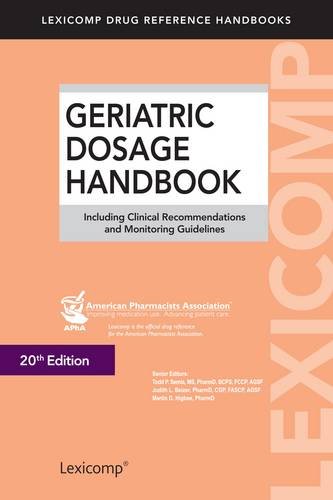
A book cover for Geriatric Dosage Handbook: Including Clinical Recommendations and Monitoring Guidelines (Lexicomp Drug Reference Handbooks); Todd P. Semla; Medical Books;